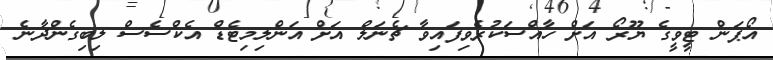
އޯޕަން ޓީވީގެ ޔޫރޯ އަށް ހާއްސަކުރެވިފައިވާ ޗެނަލް އަށް އަންލިމިޓެޑް އެކްސެސް ލިބިގެންދާނެ